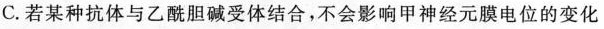
C. 若某种抗体与乙酰胆碱受体结合，不会影响甲神经元模电位的变化